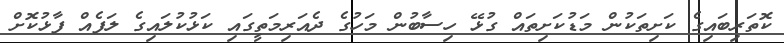
ކޮތަރިބައިގެ ކަށިތަކުން މަޑުކަށިތައް ގުޅޭ ހިސާބުން މަހުގެ ދެއަރިމަތީގައި ކަޅުކުލައިގެ ލަފެއް ފާޅުކޮށް